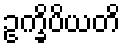
ဥက္ခိပိယတိ